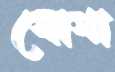
যোগা